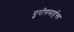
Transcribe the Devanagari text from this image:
पुरोगमार्हन्त्य